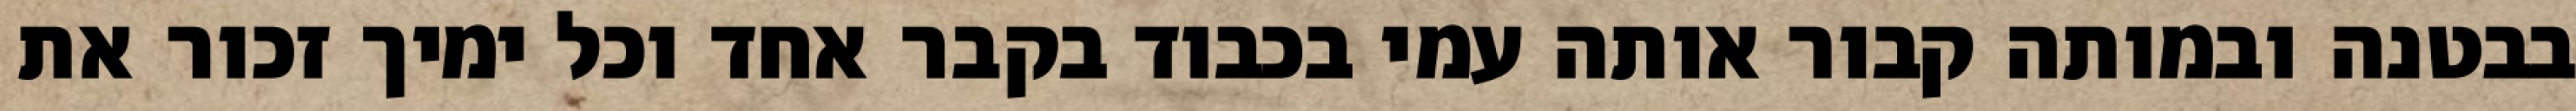
בבטנה ובמותה קבור אותה עמי בכבוד בקבר אחד וכל ימיך זכור את